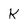
Character: K